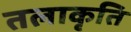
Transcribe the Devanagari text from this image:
तलाकृति